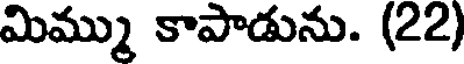
మిమ్ము కాపాడును. (22)